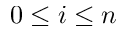
0 \leq i \leq n